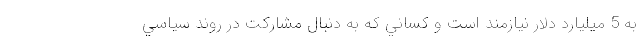
به 5 ميليارد دلار نيازمند است و كساني كه به دنبال مشاركت در روند سياسي